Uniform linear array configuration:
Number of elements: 48
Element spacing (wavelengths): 0.5
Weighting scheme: hann
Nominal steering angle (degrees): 30
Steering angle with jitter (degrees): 29.372
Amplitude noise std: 0.05
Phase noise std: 0.05

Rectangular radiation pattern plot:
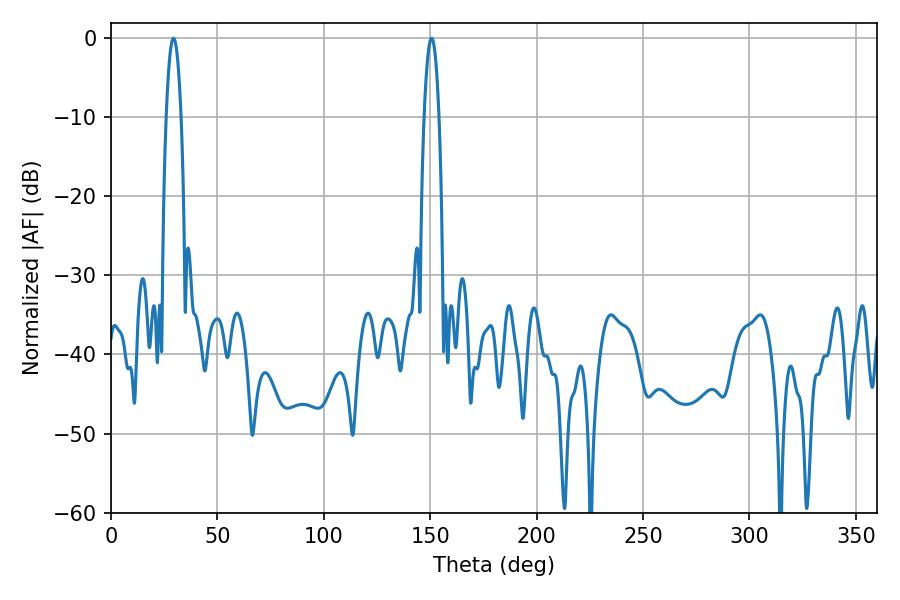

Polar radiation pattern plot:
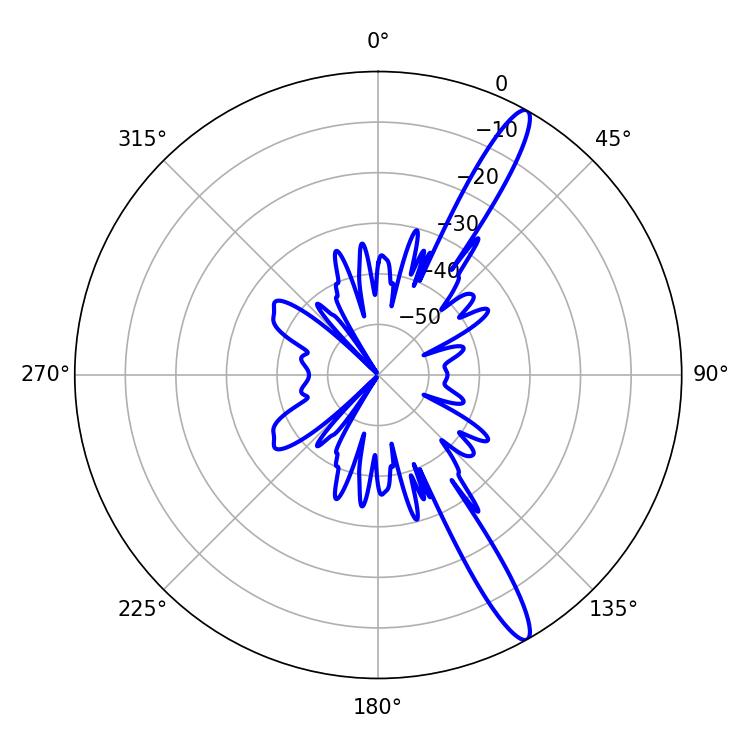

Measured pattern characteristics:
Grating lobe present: FALSE
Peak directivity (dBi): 14.443
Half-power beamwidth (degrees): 3.78
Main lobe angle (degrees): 29.34